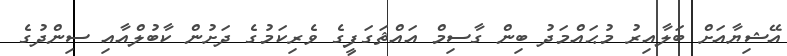
އޭޝިޔާއަށް ބަލާއިރު މުޙައްމަދު ބިން ގާސިމް އައްޘަގަފީގެ ވެރިކަމުގެ ދަށުން ކާބުލްއާއި ސިންދުގެ